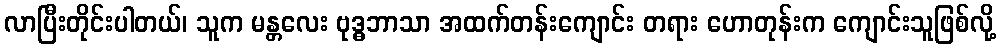
လာပြီးတိုင်းပါတယ်၊ သူက မန္တလေး ဗုဒ္ဓဘာသာ အထက်တန်းကျောင်း တရား ဟောတုန်းက ကျောင်းသူဖြစ်လို့